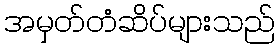
အမှတ်တံဆိပ်များသည်